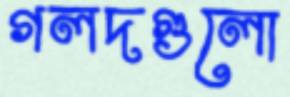
গলদগুলো